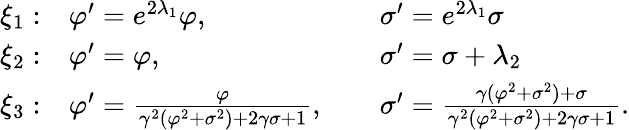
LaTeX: \begin{array}{lll}{{{\xi}_{1}:}}&{{\varphi^{\prime}=e^{2{\lambda}_{1}}\varphi,\; \; \; \; \; }}&{{{\sigma}^{\prime}=e^{2{\lambda}_{1}}\sigma}}\\ {{{\xi}_{2}:}}&{{\varphi^{\prime}=\varphi,\; \; \; \; }}&{{{\sigma}^{\prime}=\sigma+{\lambda}_{2}}}\\ {{{\xi}_{3}:}}&{{\varphi^{\prime}=\frac{\varphi}{\gamma^{2}(\varphi^{2}+\sigma^{2})+2\gamma\sigma+1},\; \; \; \; }}&{{\sigma^{\prime}=\frac{\gamma(\varphi^{2}+\sigma^{2})+\sigma}{\gamma^{2}(\varphi^{2}+\sigma^{2})+2\gamma\sigma+1}.}}\end{array}